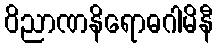
ဝိညာဏနိရောဓဂါမိနီ